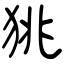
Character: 狣